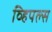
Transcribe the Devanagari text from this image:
व्हिपल्स